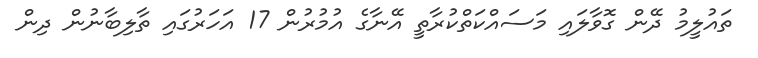
ތައުލީމު ދޭން ގޮވާލައި މަސައްކަތްކުރާތީ އޭނާގެ އުމުރުން 17 އަހަރުގައި ތާލިބާނުން ދިން